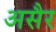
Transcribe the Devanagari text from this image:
असैर